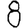
Digit: 8